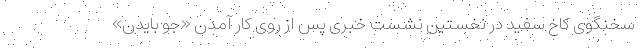
سخنگوی کاخ سفید در نخستین نشست خبری پس از روی کار آمدن «جو بایدن»